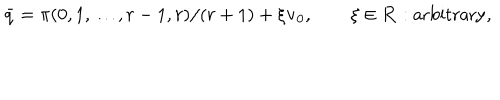
\bar { q } = \pi ( 0 , 1 , \ldots , r - 1 , r ) / ( r + 1 ) + \xi { \bf v } _ { 0 } , \qquad \xi \in { \bf R } : \mathrm { a r b i t r a r y } ,